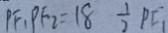
P F _ { 1 } P F _ { 2 } = 1 8 \frac { 1 } { 2 } P F _ { 1 }